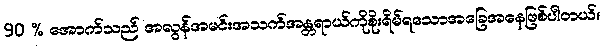
90 % အောက်သည် အလွန်အမင်းအသက်အန္တရာယ်ကိုစိုးရိမ်ရသောအခြေအနေဖြစ်ပါတယ်။